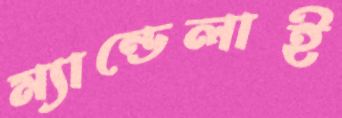
ম্যান্ডেলাই